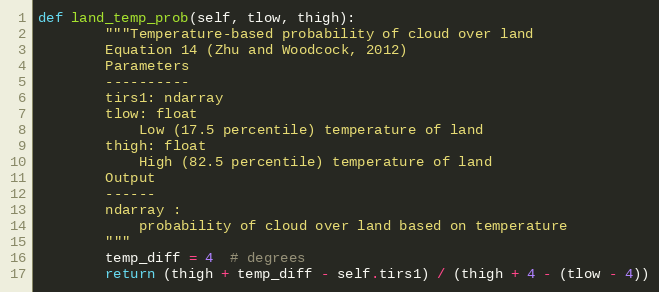
Language: Python
def land_temp_prob(self, tlow, thigh):
        """Temperature-based probability of cloud over land
        Equation 14 (Zhu and Woodcock, 2012)
        Parameters
        ----------
        tirs1: ndarray
        tlow: float
            Low (17.5 percentile) temperature of land
        thigh: float
            High (82.5 percentile) temperature of land
        Output
        ------
        ndarray :
            probability of cloud over land based on temperature
        """
        temp_diff = 4  # degrees
        return (thigh + temp_diff - self.tirs1) / (thigh + 4 - (tlow - 4))